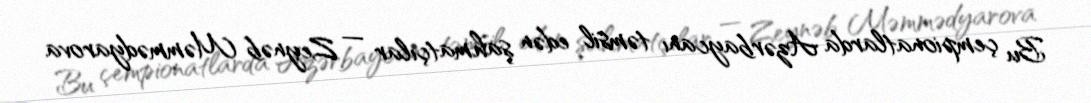
Bu çempionatlarda Azərbaycanı təmsil edən şahmatçılar — Zeynəb Məmmədyarova